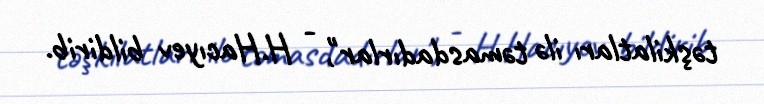
təşkilatları ilə təmasdadırlar", - H.Hacıyev bildirib.